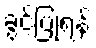
ခွင့်ပြုရန်